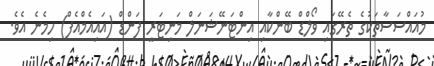
މުއައްސަސާތަކުގެ ތެރޭގައި ވޯލްޑް ބޭންކާއި އިންޓަނޭޝަނަލް މަނިޓަރީ ފަންޑް (އައިއެމްއެފް) ހިމެނެ އެވެ.